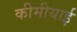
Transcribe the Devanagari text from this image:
कीमीयाई